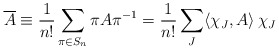
\begin{align*} \overline A \equiv \frac{1}{n!} \sum_{\pi\in S_n} \pi A \pi^{-1} = \frac{1}{n!} \sum_J \langle\chi_J,A\rangle \, \chi_J\end{align*}